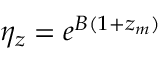
\eta _ { z } = e ^ { B ( 1 + z _ { m } ) }